Lunatic asylums in Bengal annual reports 1899-1911 - 1899-1911
Year: 1899
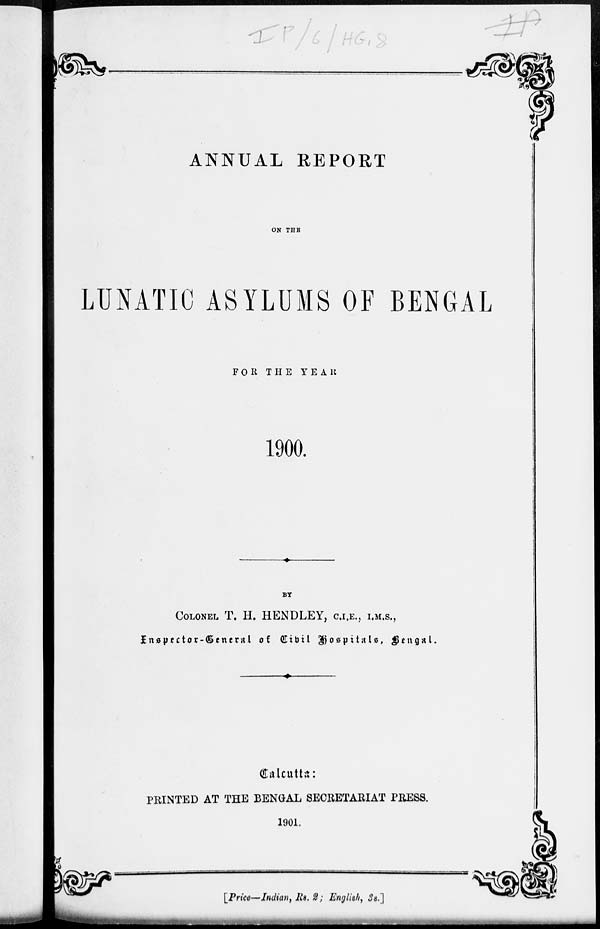
ANNUAL REPORT
ON THE
LUNATIC ASYLUMS OF BENGAL
FOR THE YEAR
1900.
BY
COLONEL T. H. HENDLEY, C.I.E., I.M.S.,
Inspector-General of Civil Hospitals, Bengal.
Calcutta:
PRINTED AT THE BENGAL SECRETARIAT PRESS.
1901.
[Price—Indian, Rs. 2; English, 3s.]